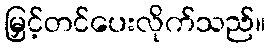
မြှင့်တင်ပေးလိုက်သည်။